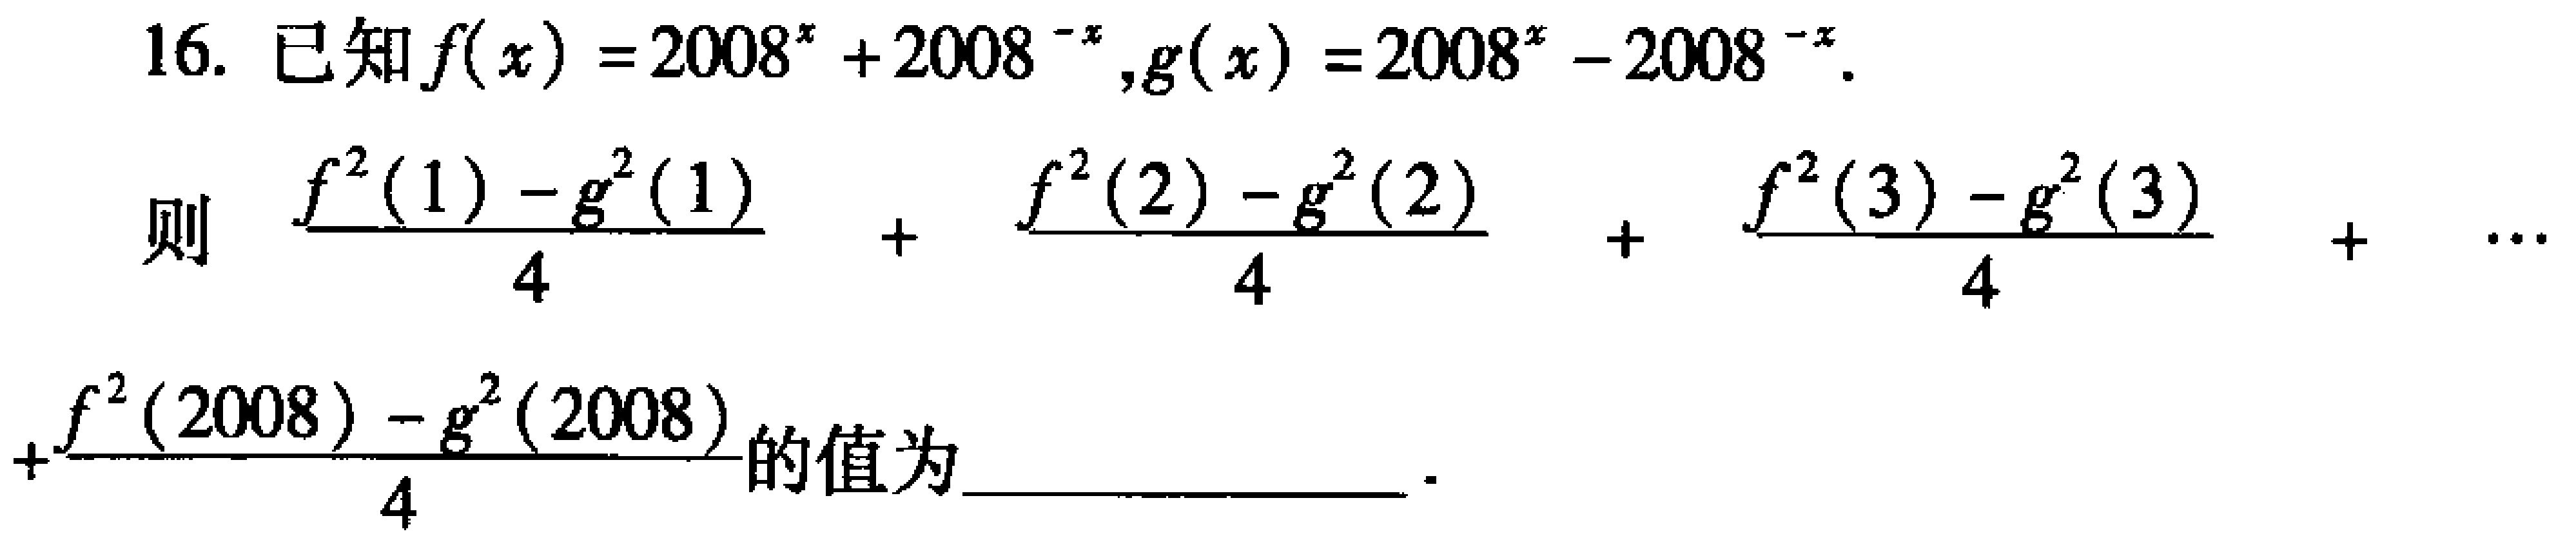
已知\(f(x)=2008^{x}+2008^{-x},g(x)=2008^{x}-2008^{-x}\)。

则\(\frac{f^{2}(1)-g^{2}(1)}{4}+\frac{f^{2}(2)-g^{2}(2)}{4}+\frac{f^{2}(3)-g^{2}(3)}{4}+\cdots+\frac{f^{2}(2008)-g^{2}(2008)}{4}\)的值为  。